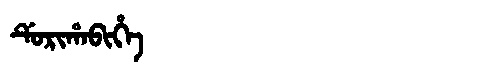
Manchu: ᡩᡠᡵᡳᡥᠠᠪᡳᡥᡝ
Romanization: DURIHABIHE